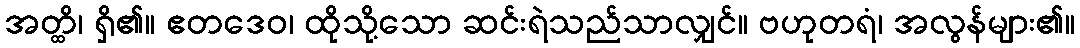
အတ္ထိ၊ ရှိ၏။ ဧတဒေဝ၊ ထိုသို့သော ဆင်းရဲသည်သာလျှင်။ ဗဟုတရံ၊ အလွန်များ၏။